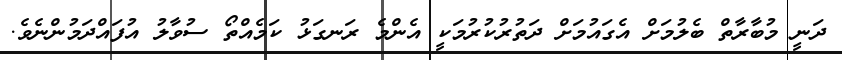
ދަނީ މުބާރާތް ބެލުމަށް އެގައުމަށް ދަތުރުކުރުމަކީ އެންމެ ރަނގަޅު ކަމެއްތޯ ސުވާލު އުފައްދަމުންނެވެ.